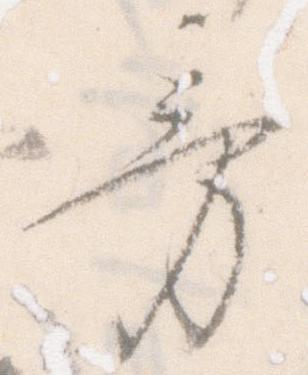
旁